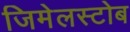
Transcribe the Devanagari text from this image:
जिमेलस्टोब